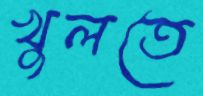
খুলতে